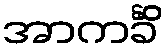
အာကင်္ခိံ